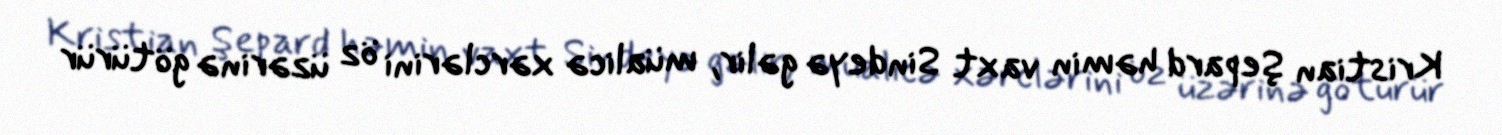
Kristian Şepard həmin vaxt Sindeyə gəlir, müalicə xərclərini öz üzərinə götürür